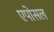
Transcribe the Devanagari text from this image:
एपोसल